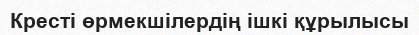
Кресті өрмекшілердің ішкі құрылысы